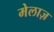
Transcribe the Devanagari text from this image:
मेलाज़